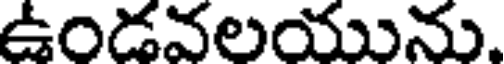
ఉండవలయును.